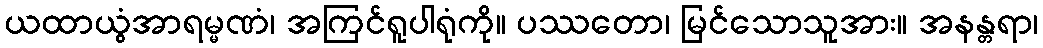
ယထာယွံအာရမ္မဏံ၊ အကြင်ရူပါရုံကို။ ပဿတော၊ မြင်သောသူအား။ အနန္တရာ၊